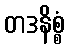
တဒနိစ္စံ